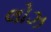
લોઝ